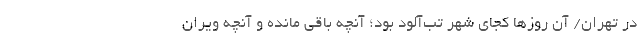
در تهران/ آن روزها کجای شهر تب‌آلود بود؛ آنچه باقی مانده و آنچه ویران